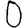
Digit: 0